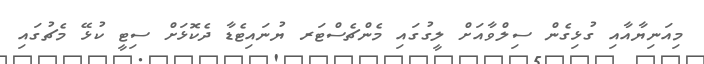
މިއަނިޔާއާއި ގުޅިގެން ސިލްވާއަށް ލީގުގައި މެންޗެސްޓަރ ޔުނައިޓެޑާ ދެކޮޅަށް ސިޓީ ކުޅޭ މެޗުގައި